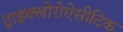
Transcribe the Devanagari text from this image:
ट्राइक्लोरोऐसीटिक